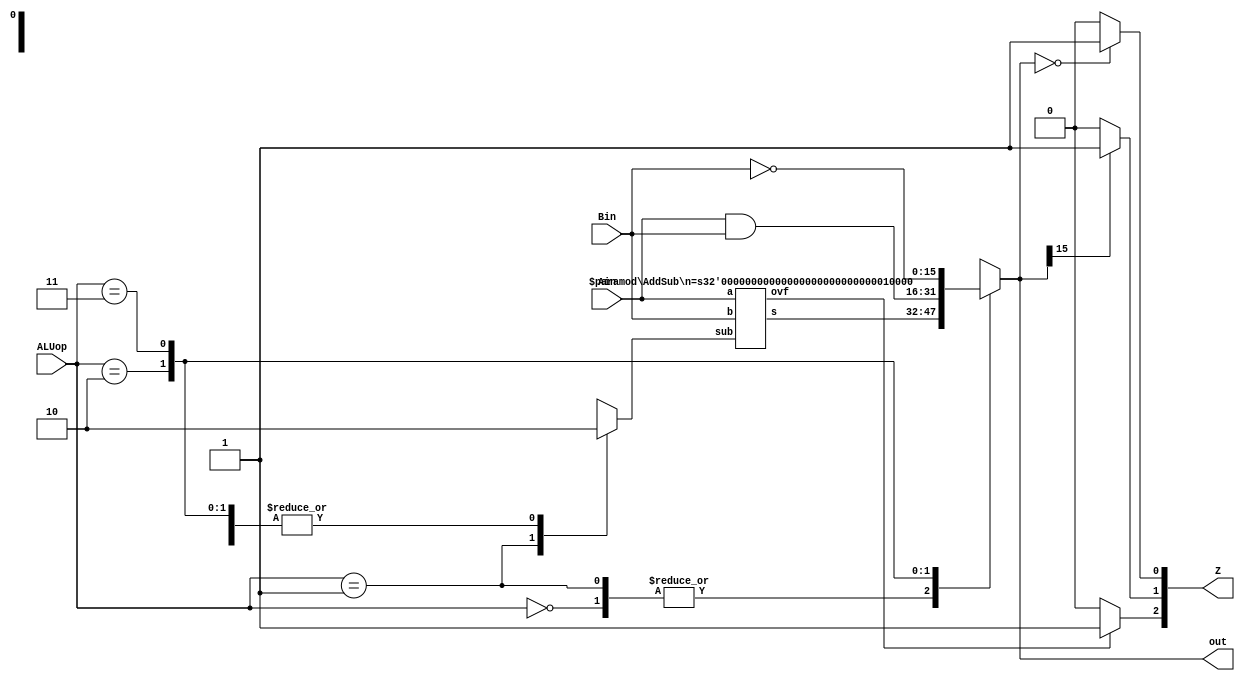
module ALU(Ain,Bin,ALUop,out,Z);
input [15:0] Ain, Bin;
input [1:0] ALUop;
output [15:0] out;
output [2:0] Z;

//Z[0]: representing status as in lab5
//Z[1]: representing "negative flag" MSB of out = 1, then set to 1, otherwise 0 
//Z[2]: represent overflow tag 

reg [15:0] out;
reg [2:0] Z;

reg subs;
wire overflow;
wire [15:0]ss;

always @(*) begin
case(ALUop)
2'b00: subs = 1'b0;
2'b01: subs =1'b1;
2'b10: subs = 1'b0;
2'b11: subs = 1'b0;
default: subs= 1'bx;
endcase
end

AddSub #(16) Main(Ain, Bin, subs, ss ,overflow);

always @(*) begin
case(ALUop)
2'b00: out =ss;
2'b01: out =ss;
2'b10: out = Ain & Bin;
2'b11 : out = ~Bin;
default: out = 16'bxxxx_xxxx_xxxx_xxxx;
endcase
end 

always @(*) begin
if (out == 16'b0000_0000_0000_0000) begin
Z[0] = 1'b1;
end
else begin
Z[0] = 1'b0;
end

if(out[15]) begin
Z[1] =1'b1;
end
else begin
Z[1] = 1'b0;
end

if(overflow == 1'b1) begin
Z[2] = 1'b1;
end
else begin
Z[2] = 1'b0;
end
end
endmodule


//Full adder to account overflow
module AddSub(a,b,sub,s,ovf) ;
  parameter n = 8 ;
  input [n-1:0] a, b ;
  input sub ;           // subtract if sub=1, otherwise add
  output [n-1:0] s ;
  output ovf ;          // 1 if overflow
  wire c1, c2 ;         // carry out of last two bits
  wire ovf = c1 ^ c2 ;  // overflow if signs don't match

  // add non sign bits
  Adder1 #(n-1) ai(a[n-2:0],b[n-2:0]^{n-1{sub}},sub,c1,s[n-2:0]) ;
  // add sign bits
  Adder1 #(1)   as(a[n-1],b[n-1]^sub,c1,c2,s[n-1]) ;
endmodule


//Multi Bit adder
module Adder1(a,b,cin,cout,s) ;
  parameter n = 8 ;
  input [n-1:0] a, b ;
  input cin ;
  output [n-1:0] s ;
  output cout ;
  wire [n-1:0] s;
  wire cout ;

  assign {cout, s} = a + b + cin ;
endmodule